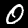
Label: 0